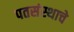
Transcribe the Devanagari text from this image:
पतसंस्थाचे